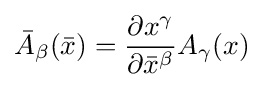
{\bar {A}}_{\beta }({\bar {x}})={\frac {\partial x^{\gamma }}{\partial {\bar {x}}^{\beta }}}A_{\gamma }(x)